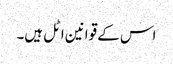
اس کے قوانین اٹل ہیں۔